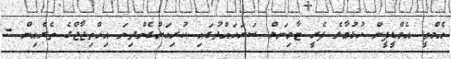
އެމްވީ އެމްޑީޕީން ހުޅުމާލެ ފެރީ ޓާމިނަލް ސަރަހައްދުގައި ކުރިއަށްގެންދިޔަ އިހްތިޖާޖްގެ ތެރެއިން -